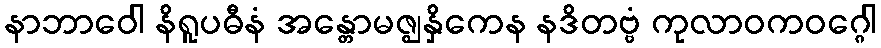
နာဘာဝေါ နိရူပဓီနံ အန္တောမဇ္ဈနှိကေန နဒိတဗ္ဗံ ကုလာဝကဝဂ္ဂေါ